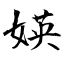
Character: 媖